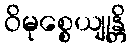
ဝိမုစ္စေယျုန္တိ